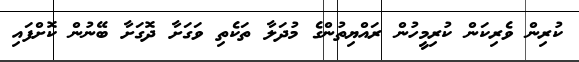
ކުރިން ވެރިކަން ކުރިމީހުން ރައްޔިތުންގެ މުދަލާ ތަކެތި ވަގަށާ ދޮގަށާ ބޭނުން ކޮށްފައި